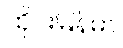
ထိုင်းမြန်မာ